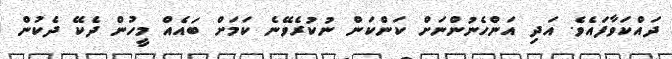
ދައްކަވާފައެވެ. އަދި އަންހެނުންނަށް ކަންކަން ނުކުރެވޭނެ ކަމަށް ބައެއް މީހުން ދެކޭ ދެކުން